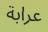
عرابة